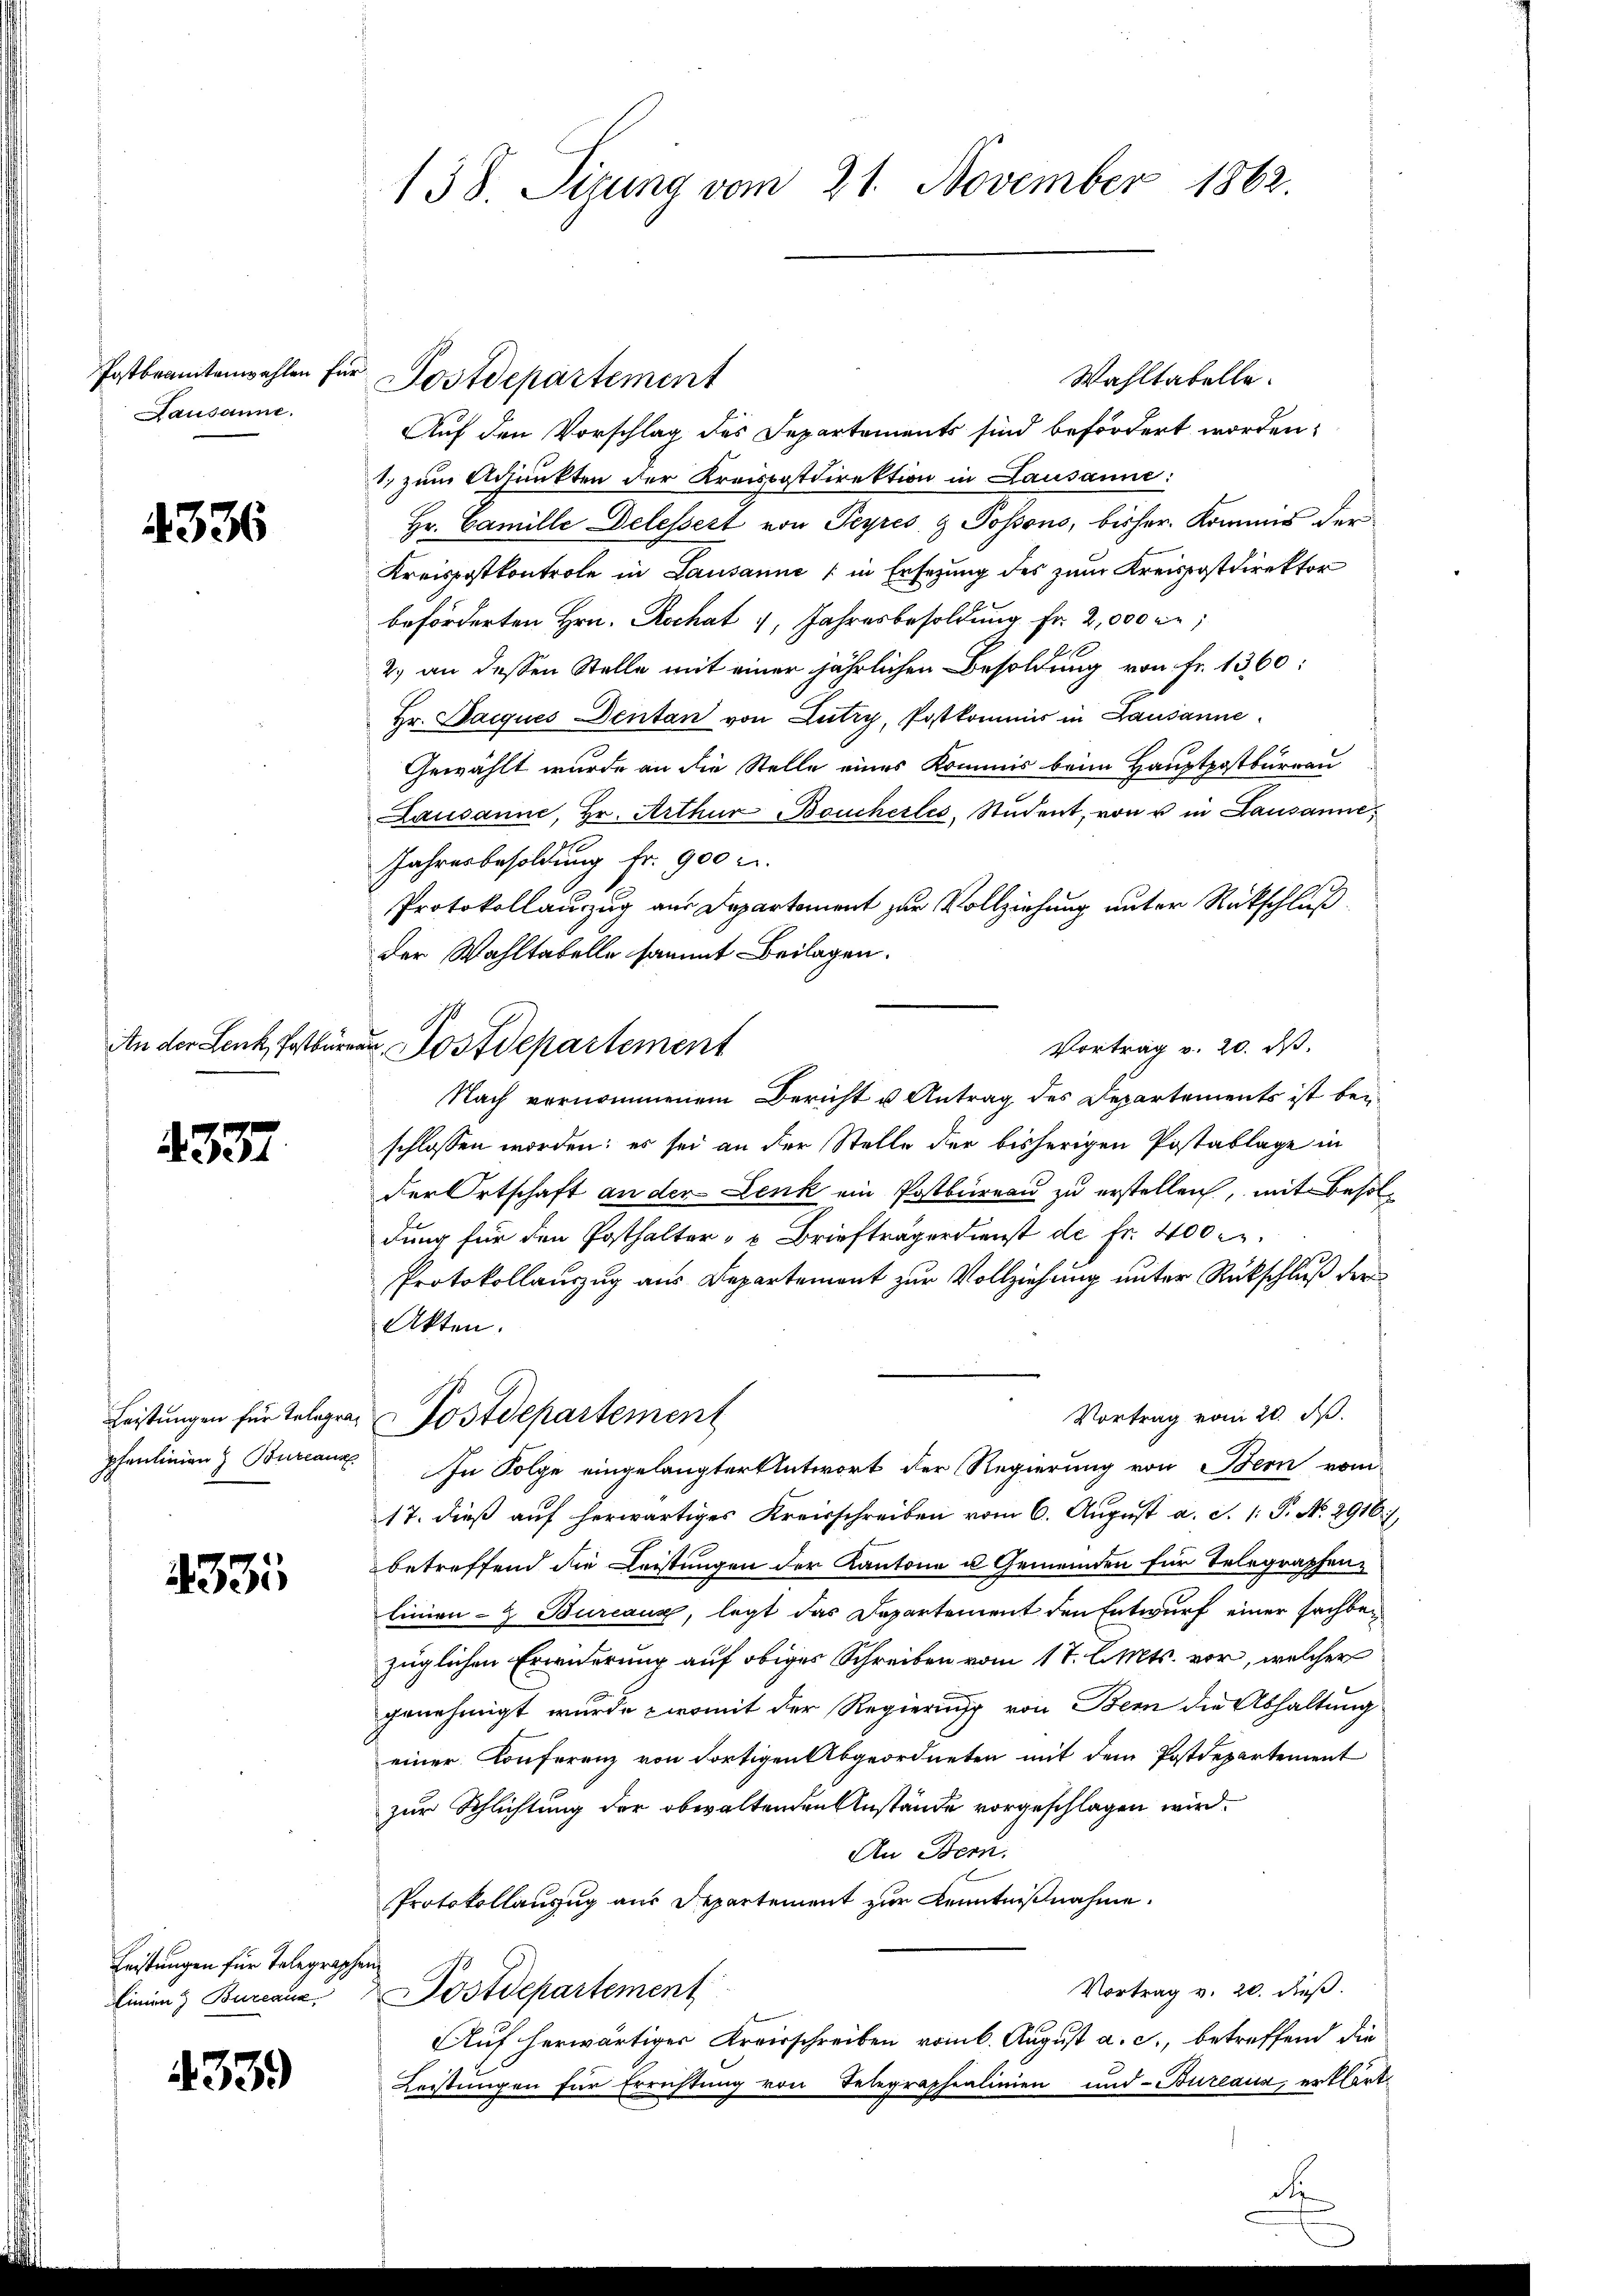
Postbrantenwahlen für
Lausanne.

4336

tn der denke, Postbure

4357

Leistungen für Telegraphenlinien Bureaux

433

Heistungen für Telegraphe
linien & Bureaux

4339

138. Sizung vom 21. November 1862

Wahltabelle.
Postdepartement
Auf den Vorschlag des Departements sind befördert worden:
1. zum Adjunkten der Kreispostdirektion in Lausanne:
Hr. Camille Delessert von Teyres & Possons, bisher. Kommis der
Kreispostkontrole in Lausanne (in Ersezung des zum Kreispostdirektor
beförderten Hrn. Rochat , Jahresbesoldung fr. 2,000 Fr
2.) an dessen Stelle mit einer jährlichen Besoldung von fr. 1360:
Hr. Parques Dentan von Lutry, Postkommis in Lausanne
Gewählt wurde an die Stelle eines Kommis beim Hauptpostbureau
Lausanne, Hr. Arthur Bouchertes, Student, von u in Lausanne,
Jahresbesoldung fr. 900 u.
Protokollauszug aus Departement zur Vollziehung unter Rückschluß
der Wahltabelle sammt Beilagen.
Nach vernommenem Bericht u Antrag des Departements ist bei
schlossen worden; es sei an der Stelle der bisherigen Postablage in
der Ortschaft an der Lenk ein Postbureau zu erstellen, mit Besoldung für den Posthalter- u Briefträgerdienst de fr. 400 M.
Protokollauszug aus Departement zur Vollziehung unter Rückschluß der
Akten.
Vortrag vom 20. d.
Postdepartement
In Folge eingelangter Antwort der Regierung von Bern vom
17. dieß auf herwärtiges Kreisschreiben vom 6. August a. S. 1: P. No. 2916),
betreffend die Leistungen der Kantone u Gemeinden für Telegraphenlinien- & Bureaux, legt das Departement den Entwurf einer sachbezüglichen Erwiderung auf obiges Schreiben vom 17. l. Mts. vor, welcher
genehmigt wurde, womit der Regierung von Bern die Abhaltung
einer Konferenz von dortigen Abgeordneten mit dem Postdepartement
zur Schlichtung der obwaltenden Anstände vorgeschlagen wird.
An Bern.
Protokollauszug aus Departement zur Kenntnißnahme.
.
Vortrag v. 20. dieß.
Postdepartement
Auf herwärtiger Kreisschreiben vom 6. August a. c., betreffend die
Leistungen für Errichtung von Telegraphenlinien und Bureaux, erklärt

u. Postdepartement

Vortrag v. 20. ds.

it